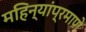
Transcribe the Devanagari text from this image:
महिन्यांप्रमाणे